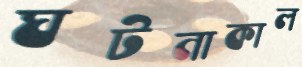
ঘটনাকাল